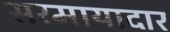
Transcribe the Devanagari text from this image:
सरमायादार